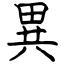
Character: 異